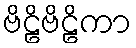
ဗိဠိဗိဠိကာ